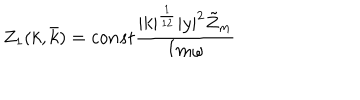
LaTeX: Z _ { 1 } ( k , \bar { k } ) = c o n s t \frac { | k | ^ { \frac { 1 } { 1 2 } } | y | ^ { 2 } \tilde { Z } _ { m } } { I m \omega }